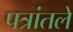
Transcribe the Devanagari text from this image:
पत्रांतले